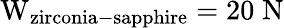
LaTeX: \mathrm{W_{zirconia-sapphire}=20\; N}